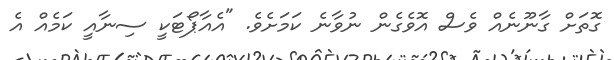
ގޮތަށް ގާނޫނެއް ވެސް އޮވެގެން ނުވާނެ ކަމަށެވެ. "އެއާޕޯޓަކީ ސިނާއީ ކަމެއް އެ